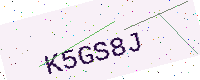
Text: K5GS8J